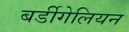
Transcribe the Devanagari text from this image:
बर्डीगेलियन